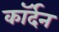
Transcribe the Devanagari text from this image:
कॉर्दन